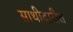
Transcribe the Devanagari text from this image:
साथीदारीत